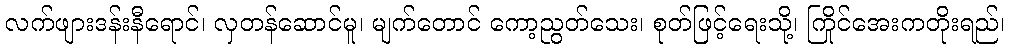
လက်ဖျားဒန်းနီရောင်၊ လှတန်ဆောင်မူ၊ မျက်တောင် ကော့ညွတ်သေး၊ စုတ်ဖြင့်ရေးသို့၊ ကြိုင်အေးကတိုးရည်၊